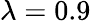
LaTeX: \lambda=0.9